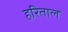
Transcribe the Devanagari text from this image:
हरिताल